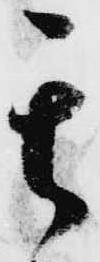
其